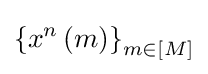
\left\{x^{n}\left(m\right)\right\}_{m\in \left[M\right]}